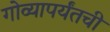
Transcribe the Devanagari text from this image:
गोव्यापर्यंतची